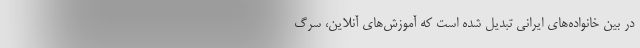
در بین خانواده‌های ایرانی تبدیل ‌شده است که آموزش‌های آنلاین، سرگ